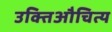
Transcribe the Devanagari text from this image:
उक्तिऔचित्य